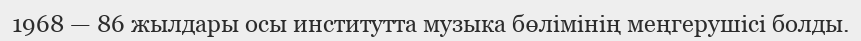
1968 — 86 жылдары осы институтта музыка бөлімінің меңгерушісі болды.